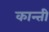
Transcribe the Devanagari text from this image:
कान्ती